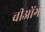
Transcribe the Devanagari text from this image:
चीओंग